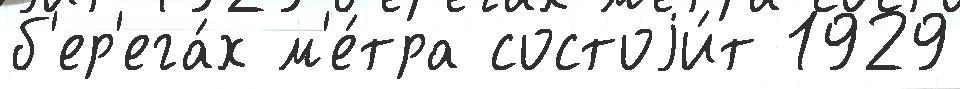
б'ер'ега́х м'е́тра состоjи́т 1929